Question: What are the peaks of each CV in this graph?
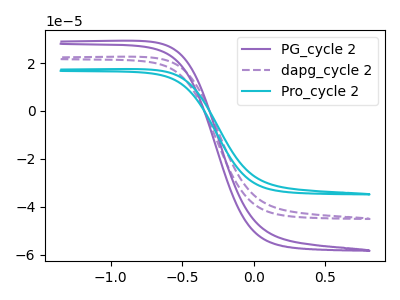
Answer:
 <answer>The purple curve "PG_cycle 2" has no peaks. The purple dashed curve "dapg_cycle 2" has no peaks. The cyan curve "Pro_cycle 2" has no peaks.</answer>
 <eval></eval>